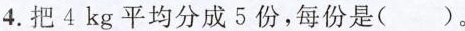
4.把4kg平均分成5份，每份是( )。